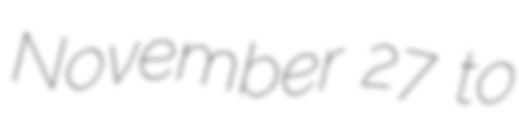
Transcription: November 27 to